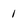
Character: 1